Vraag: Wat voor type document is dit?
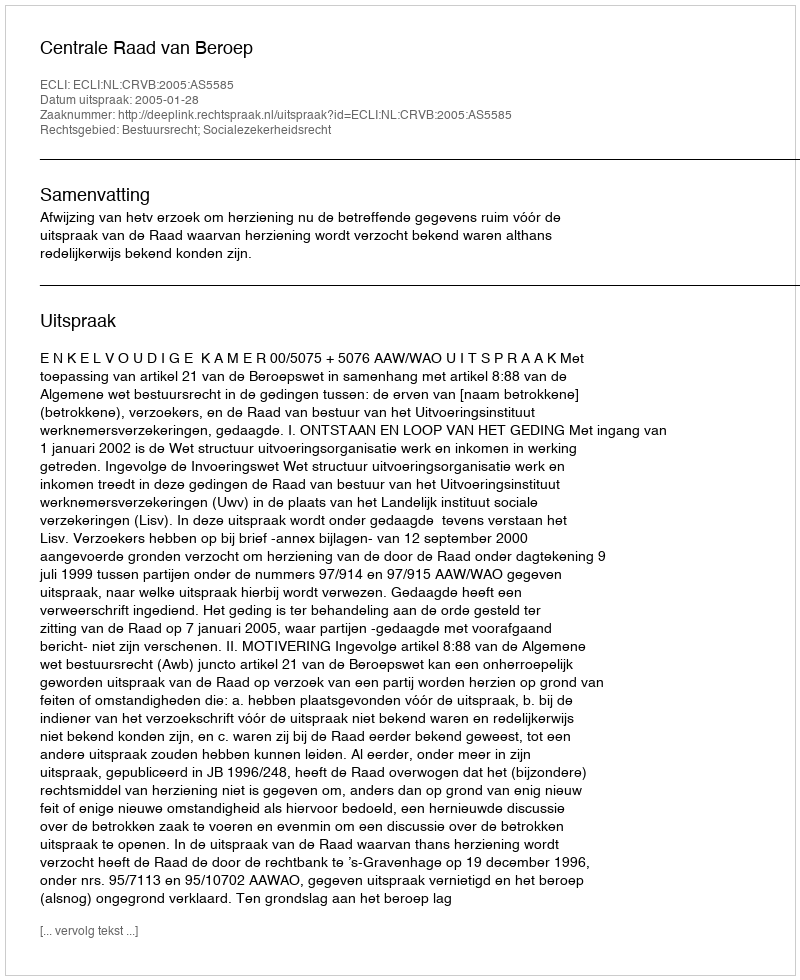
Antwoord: Uitspraak